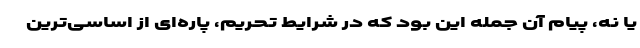
یا نه، پیام آن جمله این بود که در شرایط تحریم، پاره‌ای از اساسی‌ترین